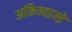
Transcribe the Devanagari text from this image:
अकिन्वान्डे